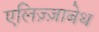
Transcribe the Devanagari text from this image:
एलिज़्ज़ाबेथ